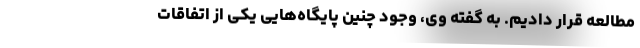
مطالعه قرار دادیم. به گفته وی، وجود چنین پایگاه‌هایی یکی از اتفاقات